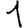
Digit: 1